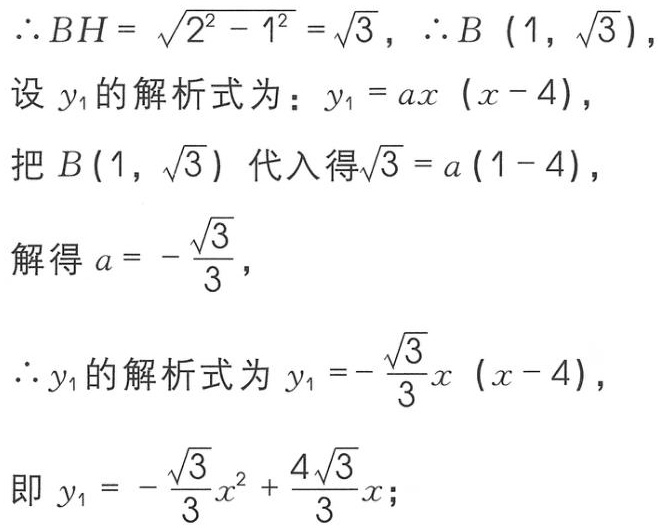
\(\therefore BH = \sqrt{2^{2} - 1^{2}} =\sqrt{3},\ \therefore B(1,\sqrt{3}),\)
设 \(y_{1}\)的解析式为：\(y_{1} = ax(x - 4),\)
把\(B(1,\sqrt{3})\)代入得\(\sqrt{3} = a(1 - 4),\)
解得\(a = -\frac{\sqrt{3}}{3},\)
\(\therefore y_{1}\)的解析式为\(y_{1} =-\frac{\sqrt{3}}{3}x(x - 4),\)
即\(y_{1} = -\frac{\sqrt{3}}{3}x^{2}+\frac{4\sqrt{3}}{3}x;\)